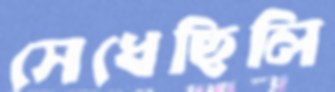
সেধেছিলি